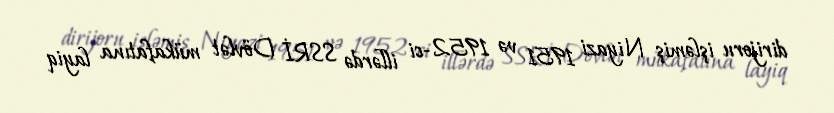
dirijoru işləmiş Niyazi 1951 və 1952-ci illərdə SSRİ Dövlət mükafatına layiq